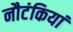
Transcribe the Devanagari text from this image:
नौटंकियां